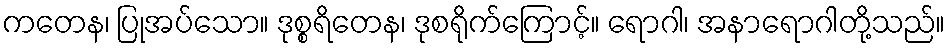
ကတေန၊ ပြုအပ်သော။ ဒုစ္စရိတေန၊ ဒုစရိုက်ကြောင့်။ ရောဂါ၊ အနာရောဂါတို့သည်။